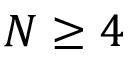
N \ge 4